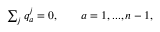
\begin{array} { l c r } { { \sum _ { j } q _ { a } ^ { j } = 0 , \qquad a = 1 , . . . , n - 1 , } } \end{array}